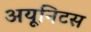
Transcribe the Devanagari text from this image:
अयूनिटस